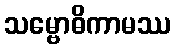
သမ္ဗောဓိကာမဿ